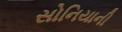
સોનિયાની